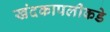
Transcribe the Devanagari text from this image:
खंदकापलीकडे